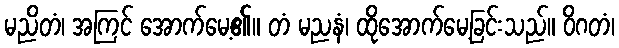
မညိတံ၊ အကြင် အောက်မေ့၏။ တံ မညနံ၊ ထိုအောက်မေ့ခြင်းသည်။ ဝိဂတံ၊